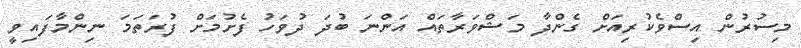
މިސުރުން އިސްވެކުރިއަށް ގެންދާ މަޝްވަރާތައް އަންނަ ބުދަ ދުވަހު ފެށުމަށް ފުރަތަމަ ނިންމާފައިވީ